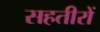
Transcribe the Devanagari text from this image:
सहतीरों